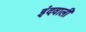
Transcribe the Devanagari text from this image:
इंदवाली